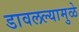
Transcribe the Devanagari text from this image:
डावलल्यामुळे